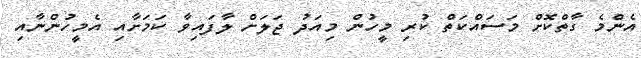
އެންމެ ގާތްކޮށް މަސައްކަތް ކުރި މީހުން މިއަދު ޖަލަށް ލާފައިވާ ކަމަށާއި އެމީހުންނާއި